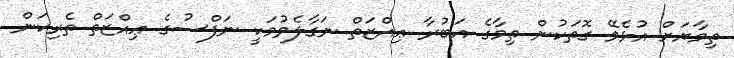
ތިމާޔަށް އުޅެވޭ ގޮތަކުން ތިމާގެ އަބުރާ ޢިއްޒަތް ނަގާލެވުމަކީ ނަފްސުގެ ޢިއްޒަތް ތެރިކަން